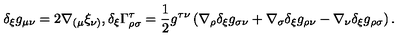
\delta _ { \xi } g _ { \mu \nu } = 2 \nabla _ { ( \mu } \xi _ { \nu ) } , \delta _ { \xi } \Gamma _ { \rho \sigma } ^ { \tau } = \frac { 1 } { 2 } g ^ { \tau \nu } \left( \nabla _ { \rho } \delta _ { \xi } g _ { \sigma \nu } + \nabla _ { \sigma } \delta _ { \xi } g _ { \rho \nu } - \nabla _ { \nu } \delta _ { \xi } g _ { \rho \sigma } \right) .